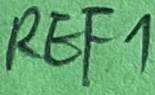
Text: REF1